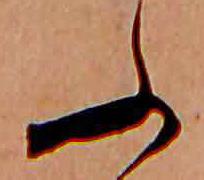
ふ